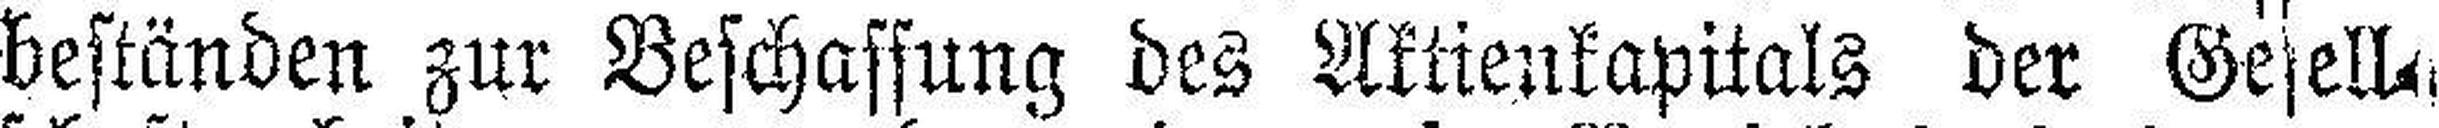
beständen zur Beschaffung des Aktienkapitals der Gesell